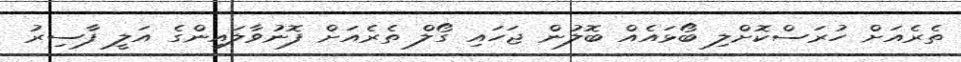
ތެރެއަށް ހުރަސްކޮށްލި ބޯޅައެއް ބޮލުން ޖަހައި ގޯލް ތެރެއަށް ފޮނުވާލައިންގެ އަލީ ފާސިރު